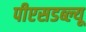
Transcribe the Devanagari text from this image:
पीएसडब्ल्यू